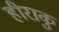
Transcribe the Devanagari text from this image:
हीराकु